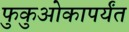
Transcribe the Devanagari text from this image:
फुकुओकापर्यंत